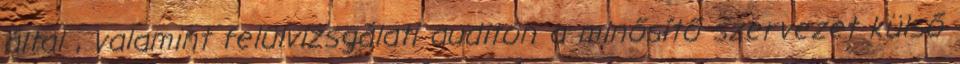
által , valamint felülvizsgálati auditon a minősítő szervezet külső